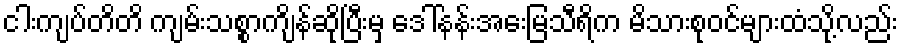
ငါးကျပ်တိတိ ကျမ်းသစ္စာကျိန်ဆိုပြီးမှ ဒေါ်နန်းအေးမြသီရိက မိသားစုဝင်များထံသို့လည်း